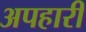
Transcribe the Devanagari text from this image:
अपहारी